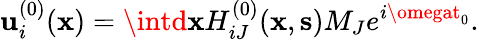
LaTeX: \mathbf{u}_{i}^{(0)}({\mathbf{x}})=\intd{\mathbf{x}}H_{iJ}^{(0)}({\mathbf{x}},{\mathbf{s}})M_{J}e^{i\omegat_{0}}.